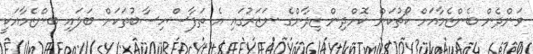
ވަންދެން ބެންޒެމާއަށް ކޯޗުކަން ކޮށްދިން ޒިދާންގެ ނަޒަރުގައި އެ ތަފާސްހިސާބުތަކަށް ބަލައި ބެންޒެމާއަކީ